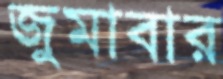
জুমাবার